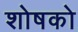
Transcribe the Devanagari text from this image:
शोषको